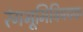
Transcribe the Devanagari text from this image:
रंगभूमिविषयक